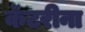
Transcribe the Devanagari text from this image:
कॅटरीना